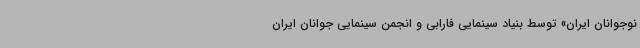
نوجوانان ایران» توسط بنیاد سینمایی فارابی و انجمن سینمایی جوانان ایران